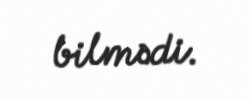
bilmədi.